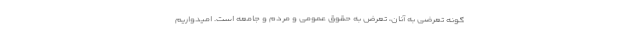
گونه تعرضی به آنان، تعرض به حقوق عمومی و مردم و جامعه است. امیدواریم